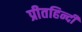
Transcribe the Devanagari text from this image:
प्रीतहिन्दी